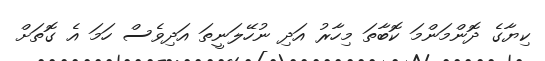
ކިޔާގެ ދޮންމަންމަ ކޮބާތަ މިހާރު އަދި ނުހޭލަނީތަ އަދިވެސް ހަމަ އެ ގޮތަށް